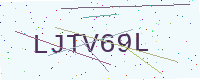
Text: LJTV69L